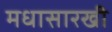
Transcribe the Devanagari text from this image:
मधासारखी